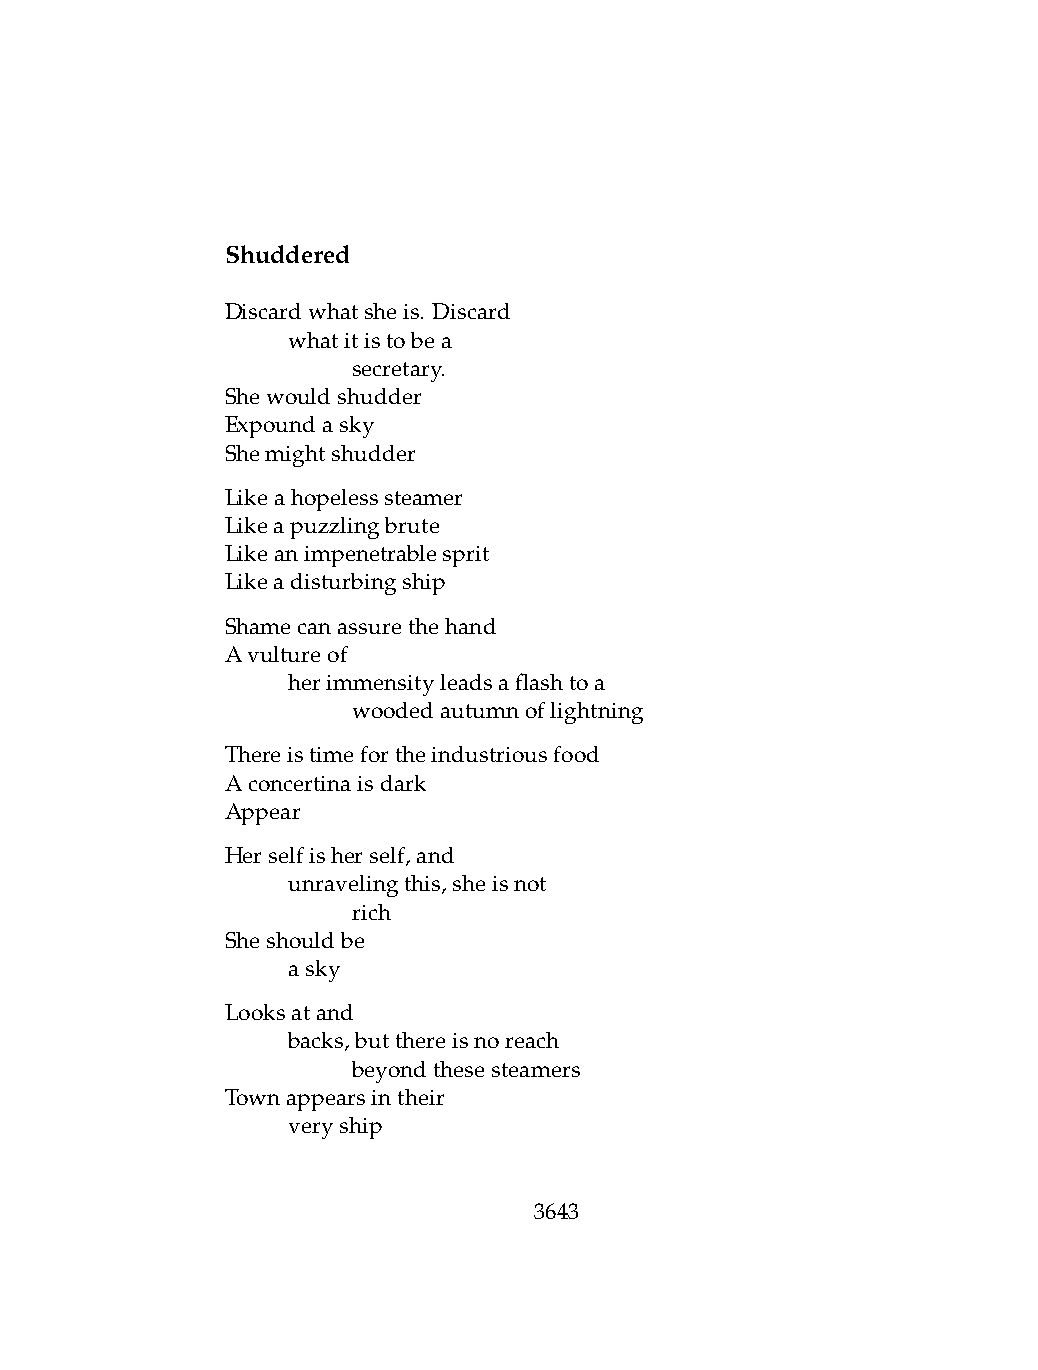
Shuddered
 Discardwhatsheis. Discard
 .   whatitistobea
 .   .   secretary.
 Shewouldshudder
 Expoundasky
 Shemightshudder
 Likeahopelesssteamer
 Likeapuzzlingbrute
 Likeanimpenetrablesprit
 Likeadisturbingship
 Shamecanassurethehand
 Avultureof
 .   herimmensityleadsaflashtoa
 .   .   woodedautumnoflightning
 Thereistimefortheindustriousfood
 Aconcertinaisdark
 Appear
 Herselfisherself,and
 .   unravelingthis,sheisnot
 .   .   rich
 Sheshouldbe
 .   asky
 Looksatand
 .   backs,butthereisnoreach
 .   .   beyondthesesteamers
 Townappearsintheir
 .   veryship
 3643